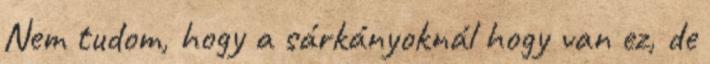
Nem tudom, hogy a sárkányoknál hogy van ez, de